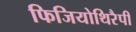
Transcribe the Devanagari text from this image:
फिजियोथिरैपी